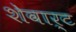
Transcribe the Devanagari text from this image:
शेवार्ट